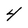
Character: 4